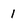
Character: 1